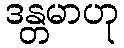
ဒန္တမာဟု